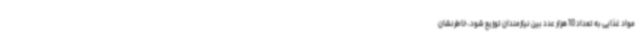
مواد غذایی به تعداد 10 هزار عدد بین نیازمندان توزیع شود، خاطرنشان